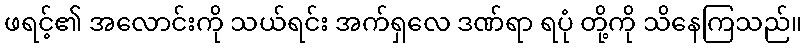
ဖရင့်၏ အလောင်းကို သယ်ရင်း အက်ရှလေ ဒဏ်ရာ ရပုံ တို့ကို သိနေကြသည်။